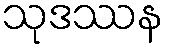
သုဒဿန